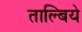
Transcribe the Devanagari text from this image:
ताल्बिये